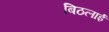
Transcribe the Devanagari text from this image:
बिठलाईं